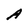
Character: A